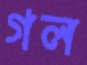
গল